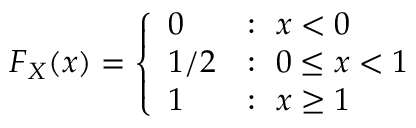
F _ { X } ( x ) = { \left\{ \begin{array} { l l } { 0 } & { : \ x < 0 } \\ { 1 / 2 } & { : \ 0 \leq x < 1 } \\ { 1 } & { : \ x \geq 1 } \end{array} \right. }